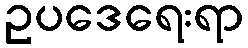
ဥပဒေရေးရာ